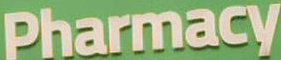
Pharmacy